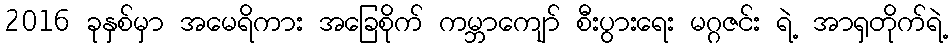
2016 ခုနှစ်မှာ အမေရိကား အခြေစိုက် ကမ္ဘာကျော် စီးပွားရေး မဂ္ဂဇင်း ရဲ့ အာရှတိုက်ရဲ့